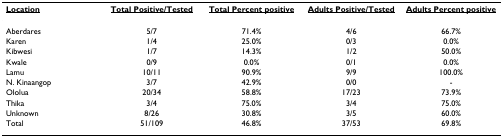
| <underline>Location</underline> | <underline>Total Positive/Tested</underline> | <underline>Total Percent positive</underline> | <underline>Adults Positive/Tested</underline> | <underline>Adults Percent positive</underline> |
 | --- | --- | --- | --- | --- |
 | Aberdares | 5/7 | 71.4% | 4/6 | 66.7% |
 | Karen | 1/4 | 25.0% | 0/3 | 0.0% |
 | Kibwesi | 1/7 | 14.3% | 1/2 | 50.0% |
 | Kwale | 0/9 | 0.0% | 0/1 | 0.0% |
 | Lamu | 10/11 | 90.9% | 9/9 | 100.0% |
 | N. Kinaangop | 3/7 | 42.9% | 0/0 | - |
 | Ololua | 20/34 | 58.8% | 17/23 | 73.9% |
 | Thika | 3/4 | 75.0% | 3/4 | 75.0% |
 | Unknown | 8/26 | 30.8% | 3/5 | 60.0% |
 | Total | 51/109 | 46.8% | 37/53 | 69.8% |